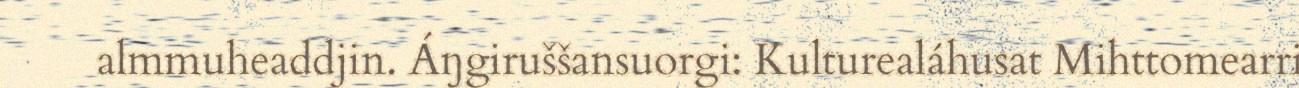
almmuheaddjin. Áŋgiruššansuorgi: Kulturealáhusat Mihttomearri